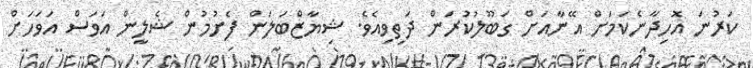
ކަރުނަ އޮހިދާނެކަމަށް އޭނާއަށް ގަބޫލުކުރަން ދަތިވިއެވެ. ޝިޔާޒްބަލަން ފެށުމުން ޝެލީން އަވަސް އަވަހަށް